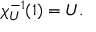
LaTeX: \chi _ { U } ^ { - 1 } ( 1 ) = U .